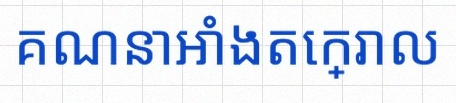
គណនាអាំងតេក្រាល